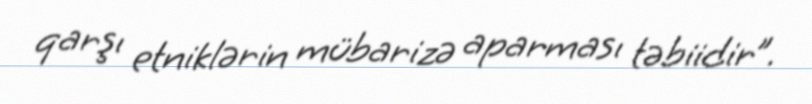
qarşı etniklərin mübarizə aparması təbiidir”.